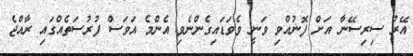
އޭރު ސިރިސޭނާ އަށް ފޮޮނުއްވި ވަނީ ވެވަޑައިގެންނެވި އެންމެ އަވަސް ފުރުސަތެއްގައި ރާއްޖެ